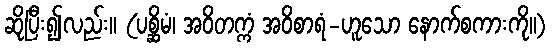
ဆိုပြီး၍လည်း။ (ပစ္ဆိမံ၊ အဝိတက္ကံ အဝိစာရံ-ဟူသော နောက်စကားကို။)